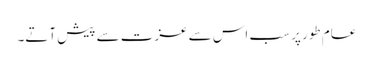
عام طور پر سب اس سے عزت سے پیش آتے۔